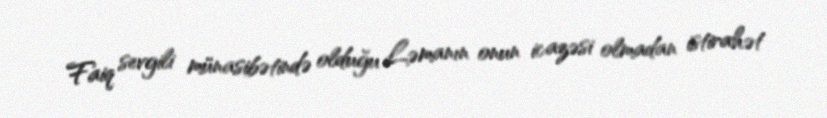
Faiq sevgili münasibətində olduğu Ləmanın onun icazəsi olmadan istirahət